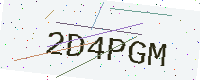
Text: 2D4PGM